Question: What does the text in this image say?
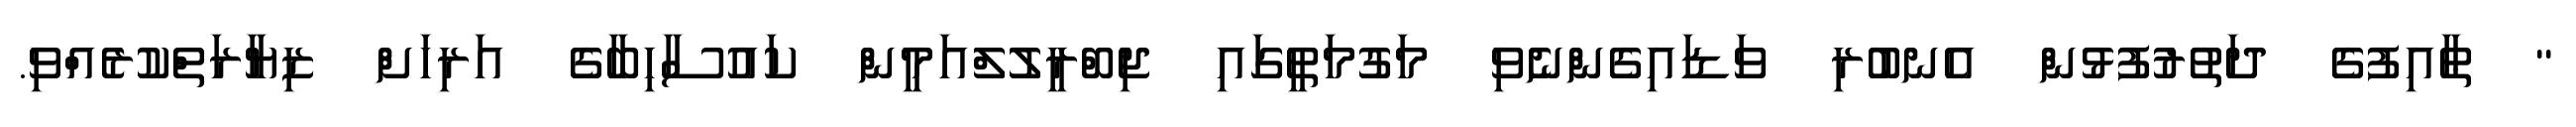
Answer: " ޠާއިފުގެ ދަތުރުފުޅުން އެނބުރި ވަޑައިގެންނެވި މަގުމަތީގައި ޖިބްރީލުލްއަމީން ކައުސާހިބާގެ އަރިހަށް ޒިޔާރަތްކުރެއްވި.